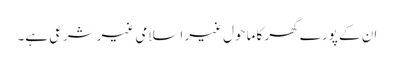
ان کے پورے گھر کا ماحول غیر اسلامی غیرشرعی ہے۔